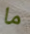
ما